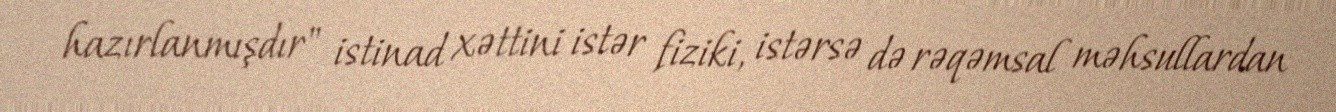
hazırlanmışdır" istinad xəttini istər fiziki, istərsə də rəqəmsal məhsullardan